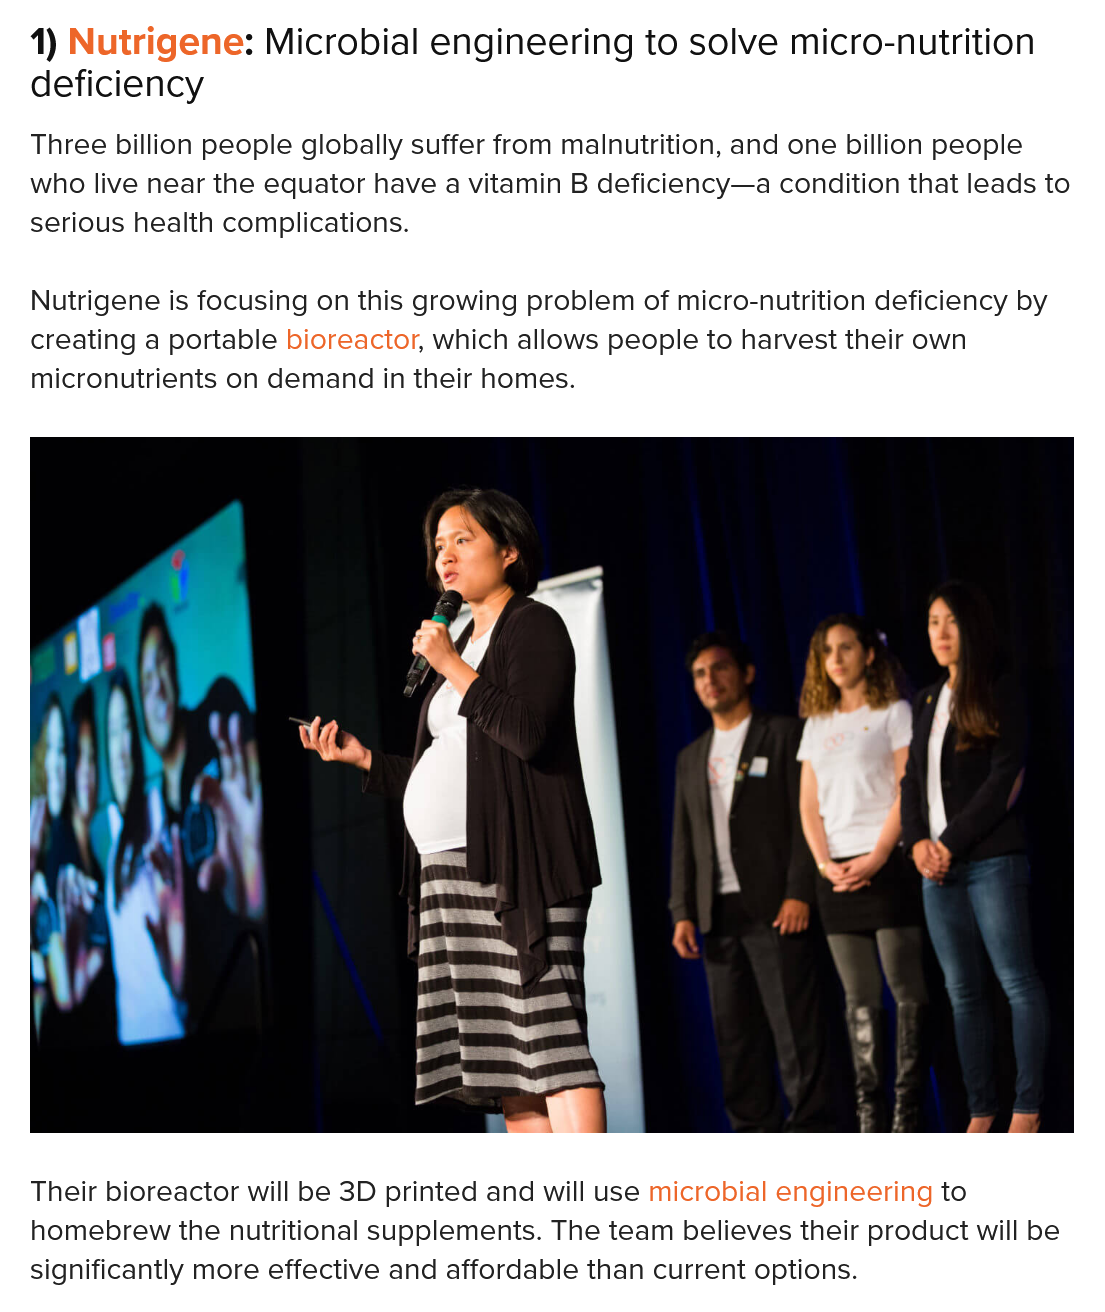
1) Nutrigene:  Microbial  engineering    to solve  micro-nutrition
   deficiency
   Three billion people globally suffer from malnutrition, and one billion people
   who live near the equator have a vitamin B deficiency—a condition that leads to
   serious health complications.
   Nutrigene is focusing on this growing problem of micro-nutrition deficiency by
   creating a portable bioreactor, which allows people to harvest their own
   micronutrients on demand in their homes.
   Their bioreactor will be 3D printed and will use microbial engineering to
   homebrew the nutritional supplements. The team believes their product will be
   significantly more effective and affordable than current options.